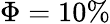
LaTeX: \Phi=10\%